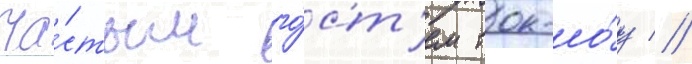
ча́стым го́ст'ем ток-шо́у //